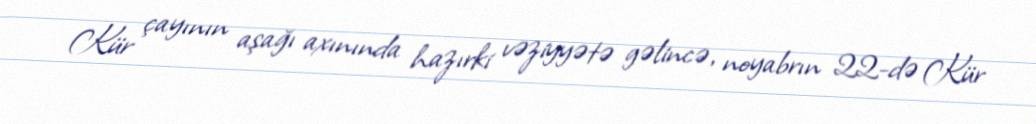
Kür çayının aşağı axınında hazırki vəziyyətə gəlincə, noyabrın 22-də Kür